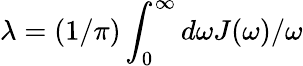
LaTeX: \lambda=(1/\pi)\int_{0}^{\infty}{d\omega J(\omega)/\omega}